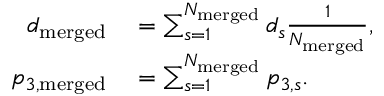
\begin{array} { r l } { d _ { \mathrm { { m e r g e d } } } } & { { } = \sum _ { s = 1 } ^ { N _ { \mathrm { { m e r g e d } } } } { d _ { s } } \frac { 1 } { N _ { \mathrm { { m e r g e d } } } } , } \\ { p _ { 3 , \mathrm { { m e r g e d } } } } & { { } = \sum _ { s = 1 } ^ { N _ { \mathrm { { m e r g e d } } } } { p _ { 3 , s } } . } \end{array}